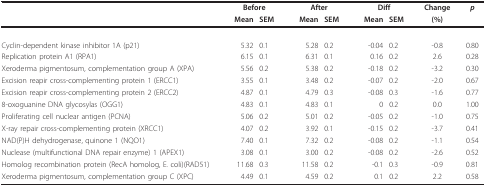
<table><thead><tr><td></td><td colspan="2"><b>Before</b></td><td colspan="2"><b>After</b></td><td colspan="2"><b>Diff</b></td><td><b>Change</b></td><td><b><i>p</i></b></td></tr><tr><td></td><td><b>Mean</b></td><td><b>SEM</b></td><td><b>Mean</b></td><td><b>SEM</b></td><td><b>Mean</b></td><td><b>SEM</b></td><td><b>(%)</b></td><td></td></tr></thead><tbody><tr><td>Cyclin-dependent kinase inhibitor 1A (p21)</td><td>5.32</td><td>0.1</td><td>5.28</td><td>0.2</td><td>-0.04</td><td>0.2</td><td>-0.8</td><td>0.80</td></tr><tr><td>Replication protein A1 (RPA1)</td><td>6.15</td><td>0.1</td><td>6.31</td><td>0.1</td><td>0.16</td><td>0.2</td><td>2.6</td><td>0.28</td></tr><tr><td>Xeroderma pigmentosum, complementation group A (XPA)</td><td>5.56</td><td>0.2</td><td>5.38</td><td>0.2</td><td>-0.18</td><td>0.2</td><td>-3.2</td><td>0.30</td></tr><tr><td>Excision reapir cross-complementing protein 1 (ERCC1)</td><td>3.55</td><td>0.1</td><td>3.48</td><td>0.2</td><td>-0.07</td><td>0.2</td><td>-2.0</td><td>0.67</td></tr><tr><td>Excision reapir cross-complementing protein 2 (ERCC2)</td><td>4.87</td><td>0.1</td><td>4.79</td><td>0.3</td><td>-0.08</td><td>0.3</td><td>-1.6</td><td>0.77</td></tr><tr><td>8-oxoguanine DNA glycosylas (OGG1)</td><td>4.83</td><td>0.1</td><td>4.83</td><td>0.1</td><td>0</td><td>0.2</td><td>0.0</td><td>1.00</td></tr><tr><td>Proliferating cell nuclear antigen (PCNA)</td><td>5.06</td><td>0.2</td><td>5.01</td><td>0.2</td><td>-0.05</td><td>0.2</td><td>-1.0</td><td>0.75</td></tr><tr><td>X-ray repair cross-complementing protein (XRCC1)</td><td>4.07</td><td>0.2</td><td>3.92</td><td>0.1</td><td>-0.15</td><td>0.2</td><td>-3.7</td><td>0.41</td></tr><tr><td>NAD(P)H dehydrogenase, quinone 1 (NQO1)</td><td>7.40</td><td>0.1</td><td>7.32</td><td>0.2</td><td>-0.08</td><td>0.2</td><td>-1.1</td><td>0.54</td></tr><tr><td>Nuclease (multifunctional DNA repair enzyme) 1 (APEX1)</td><td>3.08</td><td>0.1</td><td>3.00</td><td>0.2</td><td>-0.08</td><td>0.2</td><td>-2.6</td><td>0.52</td></tr><tr><td>Homolog recombination protein (RecA homolog, E. coli)(RAD51)</td><td>11.68</td><td>0.3</td><td>11.58</td><td>0.2</td><td>-0.1</td><td>0.3</td><td>-0.9</td><td>0.81</td></tr><tr><td>Xeroderma pigmentosum, complementation group C (XPC)</td><td>4.49</td><td>0.1</td><td>4.59</td><td>0.2</td><td>0.1</td><td>0.2</td><td>2.2</td><td>0.58</td></tr></tbody></table>